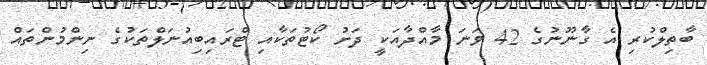
ބާތިލްކުރި އެ ގާނޫނުގެ 42 ވަނަ މާއްދާއަކީ ދަށު ކޯޓުތަކާއި ޓްރައިބިއުނަލްތަކުގެ ނިންމުންތައް